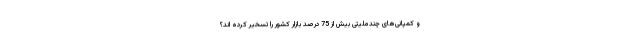
و کمپانی‌های چندملیتی بیش از 75 درصد بازار کشور را تسخیر کرده اند؟